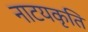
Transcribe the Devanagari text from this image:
नाटयकृति